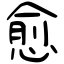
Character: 愈